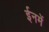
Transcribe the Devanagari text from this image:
ईनमें